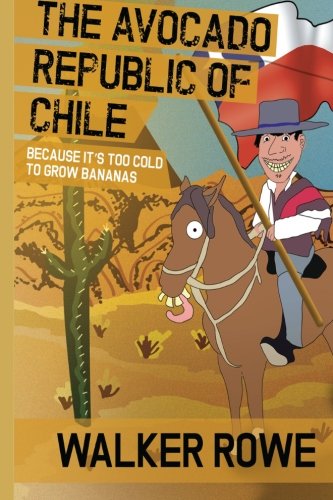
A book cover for The Avocado Republic of Chile: Because it's too Cold to Grow Bananas; Walker Rowe; Travel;